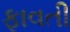
ફાવતી